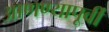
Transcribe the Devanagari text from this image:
आणण्यापूर्वी